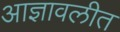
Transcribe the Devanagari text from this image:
आज्ञावलीत